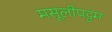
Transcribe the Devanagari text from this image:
मसूलीपट्टम